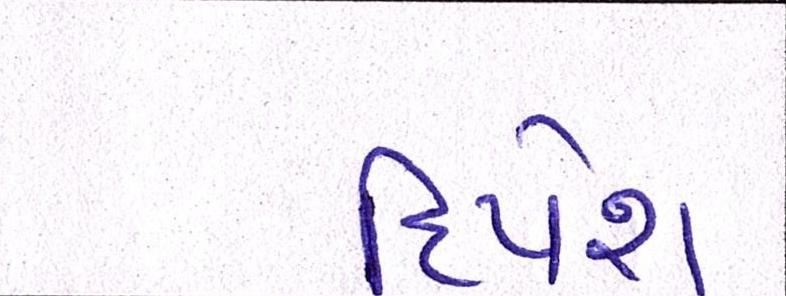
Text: દિપેશ